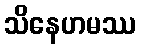
သိနေဟမဿ